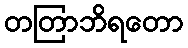
တတြာဘိရတော